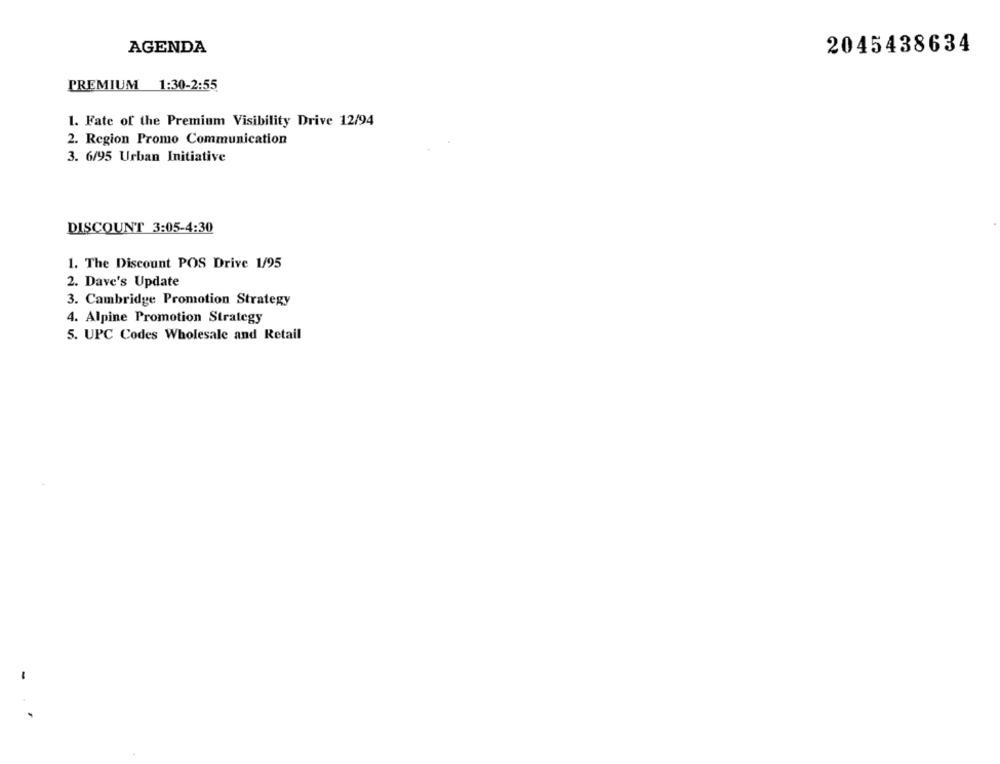
AGENDA
2045438634
PREMIUM 1:30-2:55
1. Fate of the Premium Visibility Drive 12/94
2. Region Promo Communication
3. 6/95 Urban Initiative
DISCOUNT 3:05-4:30
1. The Discount POS Drive 1/95
2. Dave's Update
3. Cambridge Promotion Strategy
4. Alpine Promotion Strategy
5. UPC Codes Wholesale and Retail